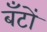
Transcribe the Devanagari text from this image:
बँटों